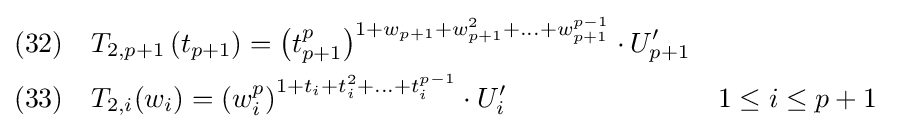
{\begin{aligned}&(32)\quad T_{2,p+1}\left(t_{p+1}\right)=\left(t_{p+1}^{p}\right)^{1+w_{p+1}+w_{p+1}^{2}+\ldots +w_{p+1}^{p-1}}\cdot U_{p+1}'\\&(33)\quad T_{2,i}(w_{i})=\left(w_{i}^{p}\right)^{1+t_{i}+t_{i}^{2}+\ldots +t_{i}^{p-1}}\cdot U_{i}'&&1\leq i\leq p+1\end{aligned}}